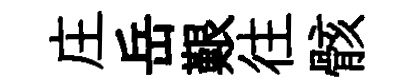
庄岳艱往骸